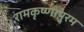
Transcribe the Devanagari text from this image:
रामकृष्णापुरम